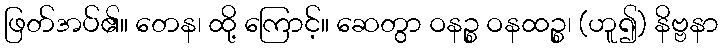
ဖြတ်အပ်၏။ တေန၊ ထို့ ကြောင့်။ ဆေတွာ ဝနဉ္စ ဝနထဉ္စ၊ (ဟူ၍) နိဗ္ဗနာ